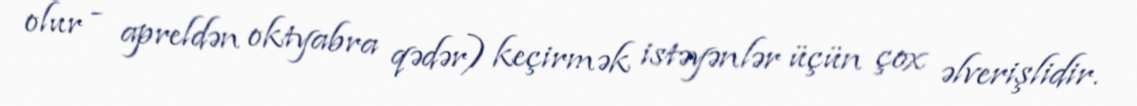
olur - apreldən oktyabra qədər) keçirmək istəyənlər üçün çox əlverişlidir.